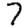
Digit: 7